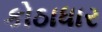
કોઠાધાર